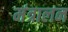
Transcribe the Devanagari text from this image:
मंत्रालन